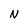
Character: N